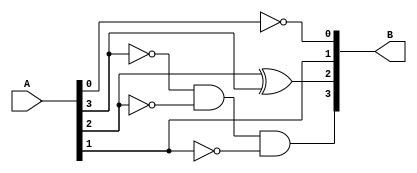
//Mohammad Abu Shams
// 9's_complement using data flow model
module Compl(A,B);
input [3:0] A;
output [3:0] B;
assign B[0]=!A[0];
assign B[1]=A[1];
assign B[2]=A[2]^A[3];
assign B[3]=(!A[3]&&!A[2]&&!A[1]);
endmodule